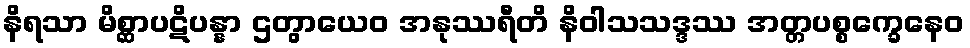
နိရသာ မိစ္ဆာပဋိပန္နာ ဌတွာယေဝ အနုဿရီတိ နိဝါသသဒ္ဒဿ အတ္တပစ္စက္ခေနေဝ